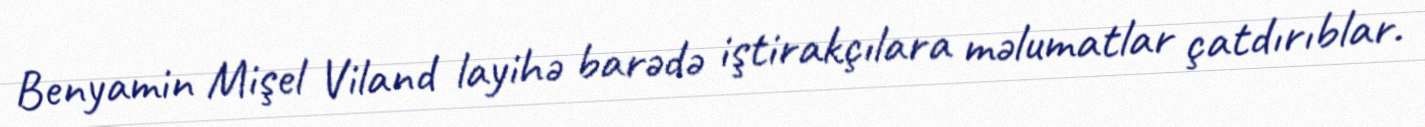
Benyamin Mişel Viland layihə barədə iştirakçılara məlumatlar çatdırıblar.